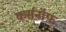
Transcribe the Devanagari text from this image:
कर्सनॉफ़